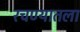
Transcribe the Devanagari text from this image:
रचण्यातला